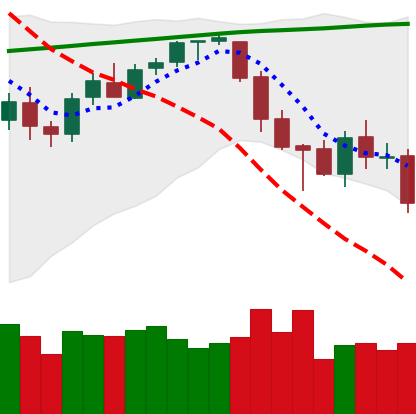
Ticker: BTC-USD
Chart end date: 2018-03-14
Forward return: 4.363%
Label: up_3_5